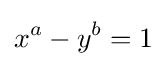
x^{a}-y^{b}=1